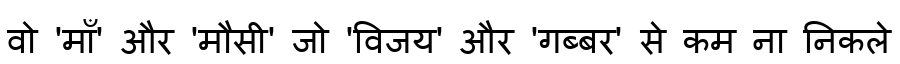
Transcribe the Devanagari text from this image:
वो 'माँ' और 'मौसी' जो 'विजय' और 'गब्बर' से कम ना निकले